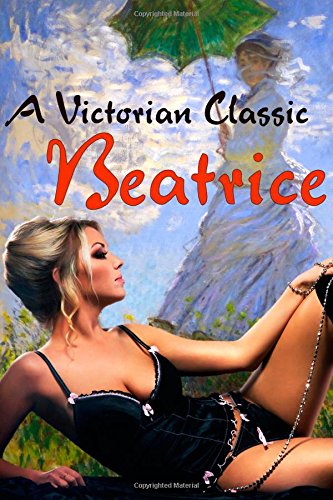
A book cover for Beatrice: A Victorian Classic; Anonymous; Romance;